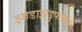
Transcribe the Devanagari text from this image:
झाडाझुडुपांमध्ये